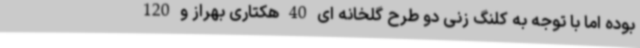
بوده اما با توجه به کلنگ زنی دو طرح گلخانه ای 40 هکتاری بهراز و 120